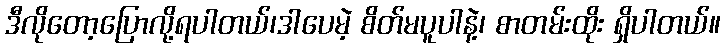
ဒီလိုတော့ပြောလို့ရပါတယ်၊ဒါပေမဲ့ စိတ်မပူပါနဲ့၊ စာတမ်းထိုး ရှိပါတယ်။